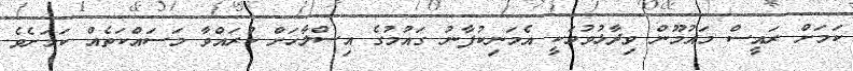
ކަމަށް ރައީސް މައުމޫން ވިދާޅުވުމަކީ އެމަނިކުފާނު ގައުމުގެ އިސްލާހަށް ކުރައްވާ މަސައްކަތެއް ކަމަށެވެ.